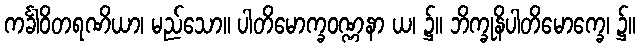
ကင်္ခါဝိတရဏိယာ၊ မည်သော။ ပါတိမောက္ခဝဏ္ဏနာ ယ၊ ၌။ ဘိက္ခုနိပါတိမောက္ခေ၊ ၌။